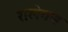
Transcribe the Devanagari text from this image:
रालेगण